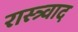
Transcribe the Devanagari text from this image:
रास्त्र्वाद